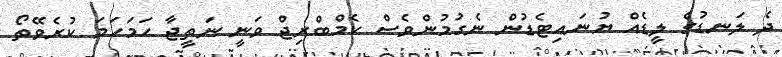
ދެ ލަނޑުގެ ލީޑެއް ޔުނައިޓެޑުން ނެގުމުންވެސް ކެމްބްރިޖް ވަނީ ނަތީޖާ ހަމަހަމަ ކުރެވޭތޯ